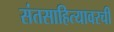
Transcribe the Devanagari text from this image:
संतसाहित्यावरची